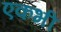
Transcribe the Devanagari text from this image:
एकभी